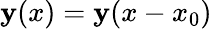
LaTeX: \mathbf{y}(x)=\mathbf{y}(x-x_{0})